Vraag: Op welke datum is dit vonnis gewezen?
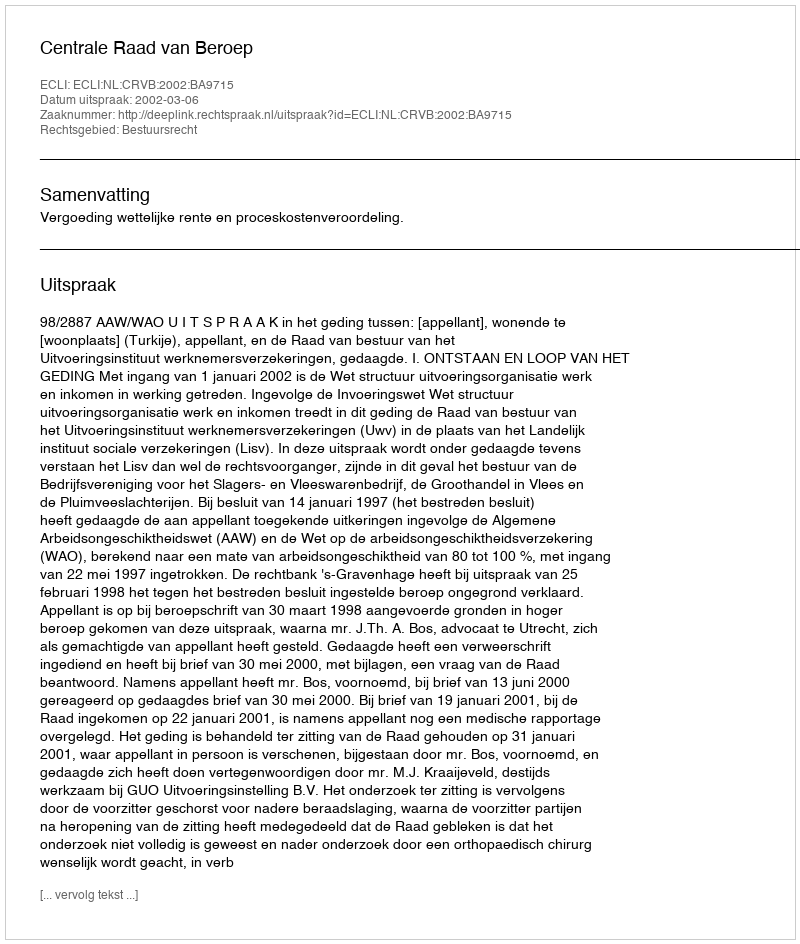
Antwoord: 2002-03-06